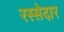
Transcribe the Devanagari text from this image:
रस्सेदार